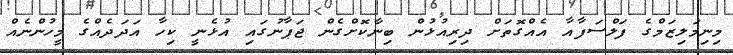
މިނިމަލިޒަމްގެ ފަލްސަފާއާ އެއްގޮތަށް ދިރިއުޅުން ބިނާކޮށްގެން ޖަޕާނުގައި އުޅެނީ ކިހާ އަދަދެއްގެ މީހުންނެއް